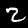
Digit: 2